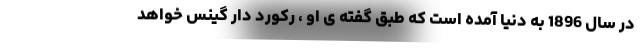
در سال 1896 به دنیا آمده است که طبق گفته ی او ، رکورد دار گینس خواهد